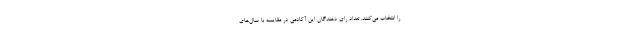
را انتخاب می‌کنند. تعداد رای دهندگان این آکادمی در مقایسه با سال‌های